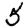
Digit: 5